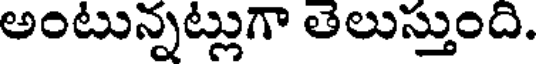
అంటున్నట్లుగా తెలుస్తుంది.